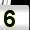
Digit: 5